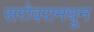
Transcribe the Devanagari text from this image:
सरोवरामधून